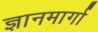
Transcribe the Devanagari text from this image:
ज्ञानमार्गा